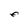
Character: E